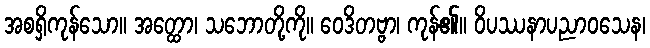
အစရှိကုန်သော။ အတ္ထော၊ သဘောတို့ကို။ ဝေဒိတဗ္ဗာ၊ ကုန်၏။ ဝိပဿနာပညာဝသေန၊